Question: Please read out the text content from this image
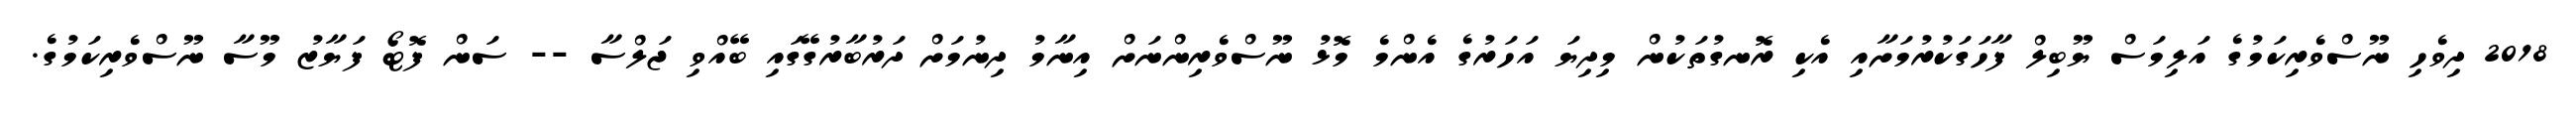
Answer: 2018 ދިވެހި ނޫސްވެރިކަމުގެ އަލިމަސް ޔޫބިލް ފާހަގަކުރުމަށާއި އެކި ރޮނގުތަކުން މިދިޔަ އަހަރުގެ އެންމެ މޮޅު ނޫސްވެރިންނަށް އިނާމު ދިނުމަށް ދަރުބާރުގޭގައި ބޭއްވި ޖަލްސާ -- ސަން ފޮޓޯ ފަޔާޒު މޫސާ ނޫސްވެރިކަމުގެ.